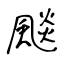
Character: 颷